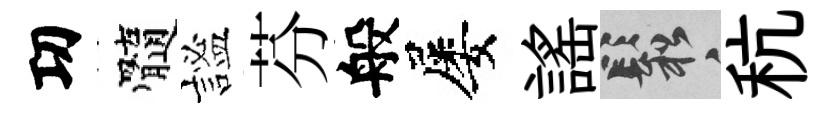
㓛髓謐芬般屡謡鬆秔